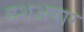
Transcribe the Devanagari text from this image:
दशअषार